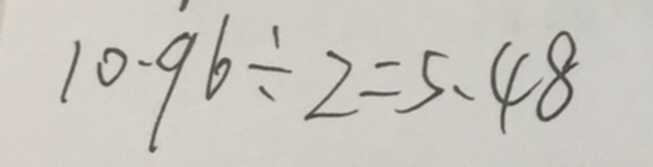
1 0 . 9 6 \div 2 = 5 . 4 8